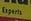
experts